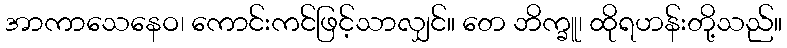
အာကာသေနေဝ၊ ကောင်းကင်ဖြင့်သာလျှင်။ တေ ဘိက္ခူ၊ ထိုရဟန်းတို့သည်။